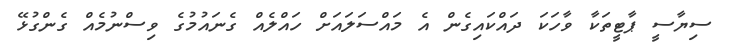
ސިޔާސީ ޕާޓީތަކާ ވާހަކަ ދައްކައިގެން އެ މައްސަލައަށް ހައްލެއް ގެނައުމުގެ ވިސްނުމެއް ގެންގުޅޭ